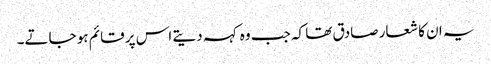
یہ ان کا شعار صادق تھا کہ جب وہ کہہ دیتے اس پر قائم ہو جاتے۔